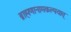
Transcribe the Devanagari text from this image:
ब्राह्मणानामकल्पयात्‌